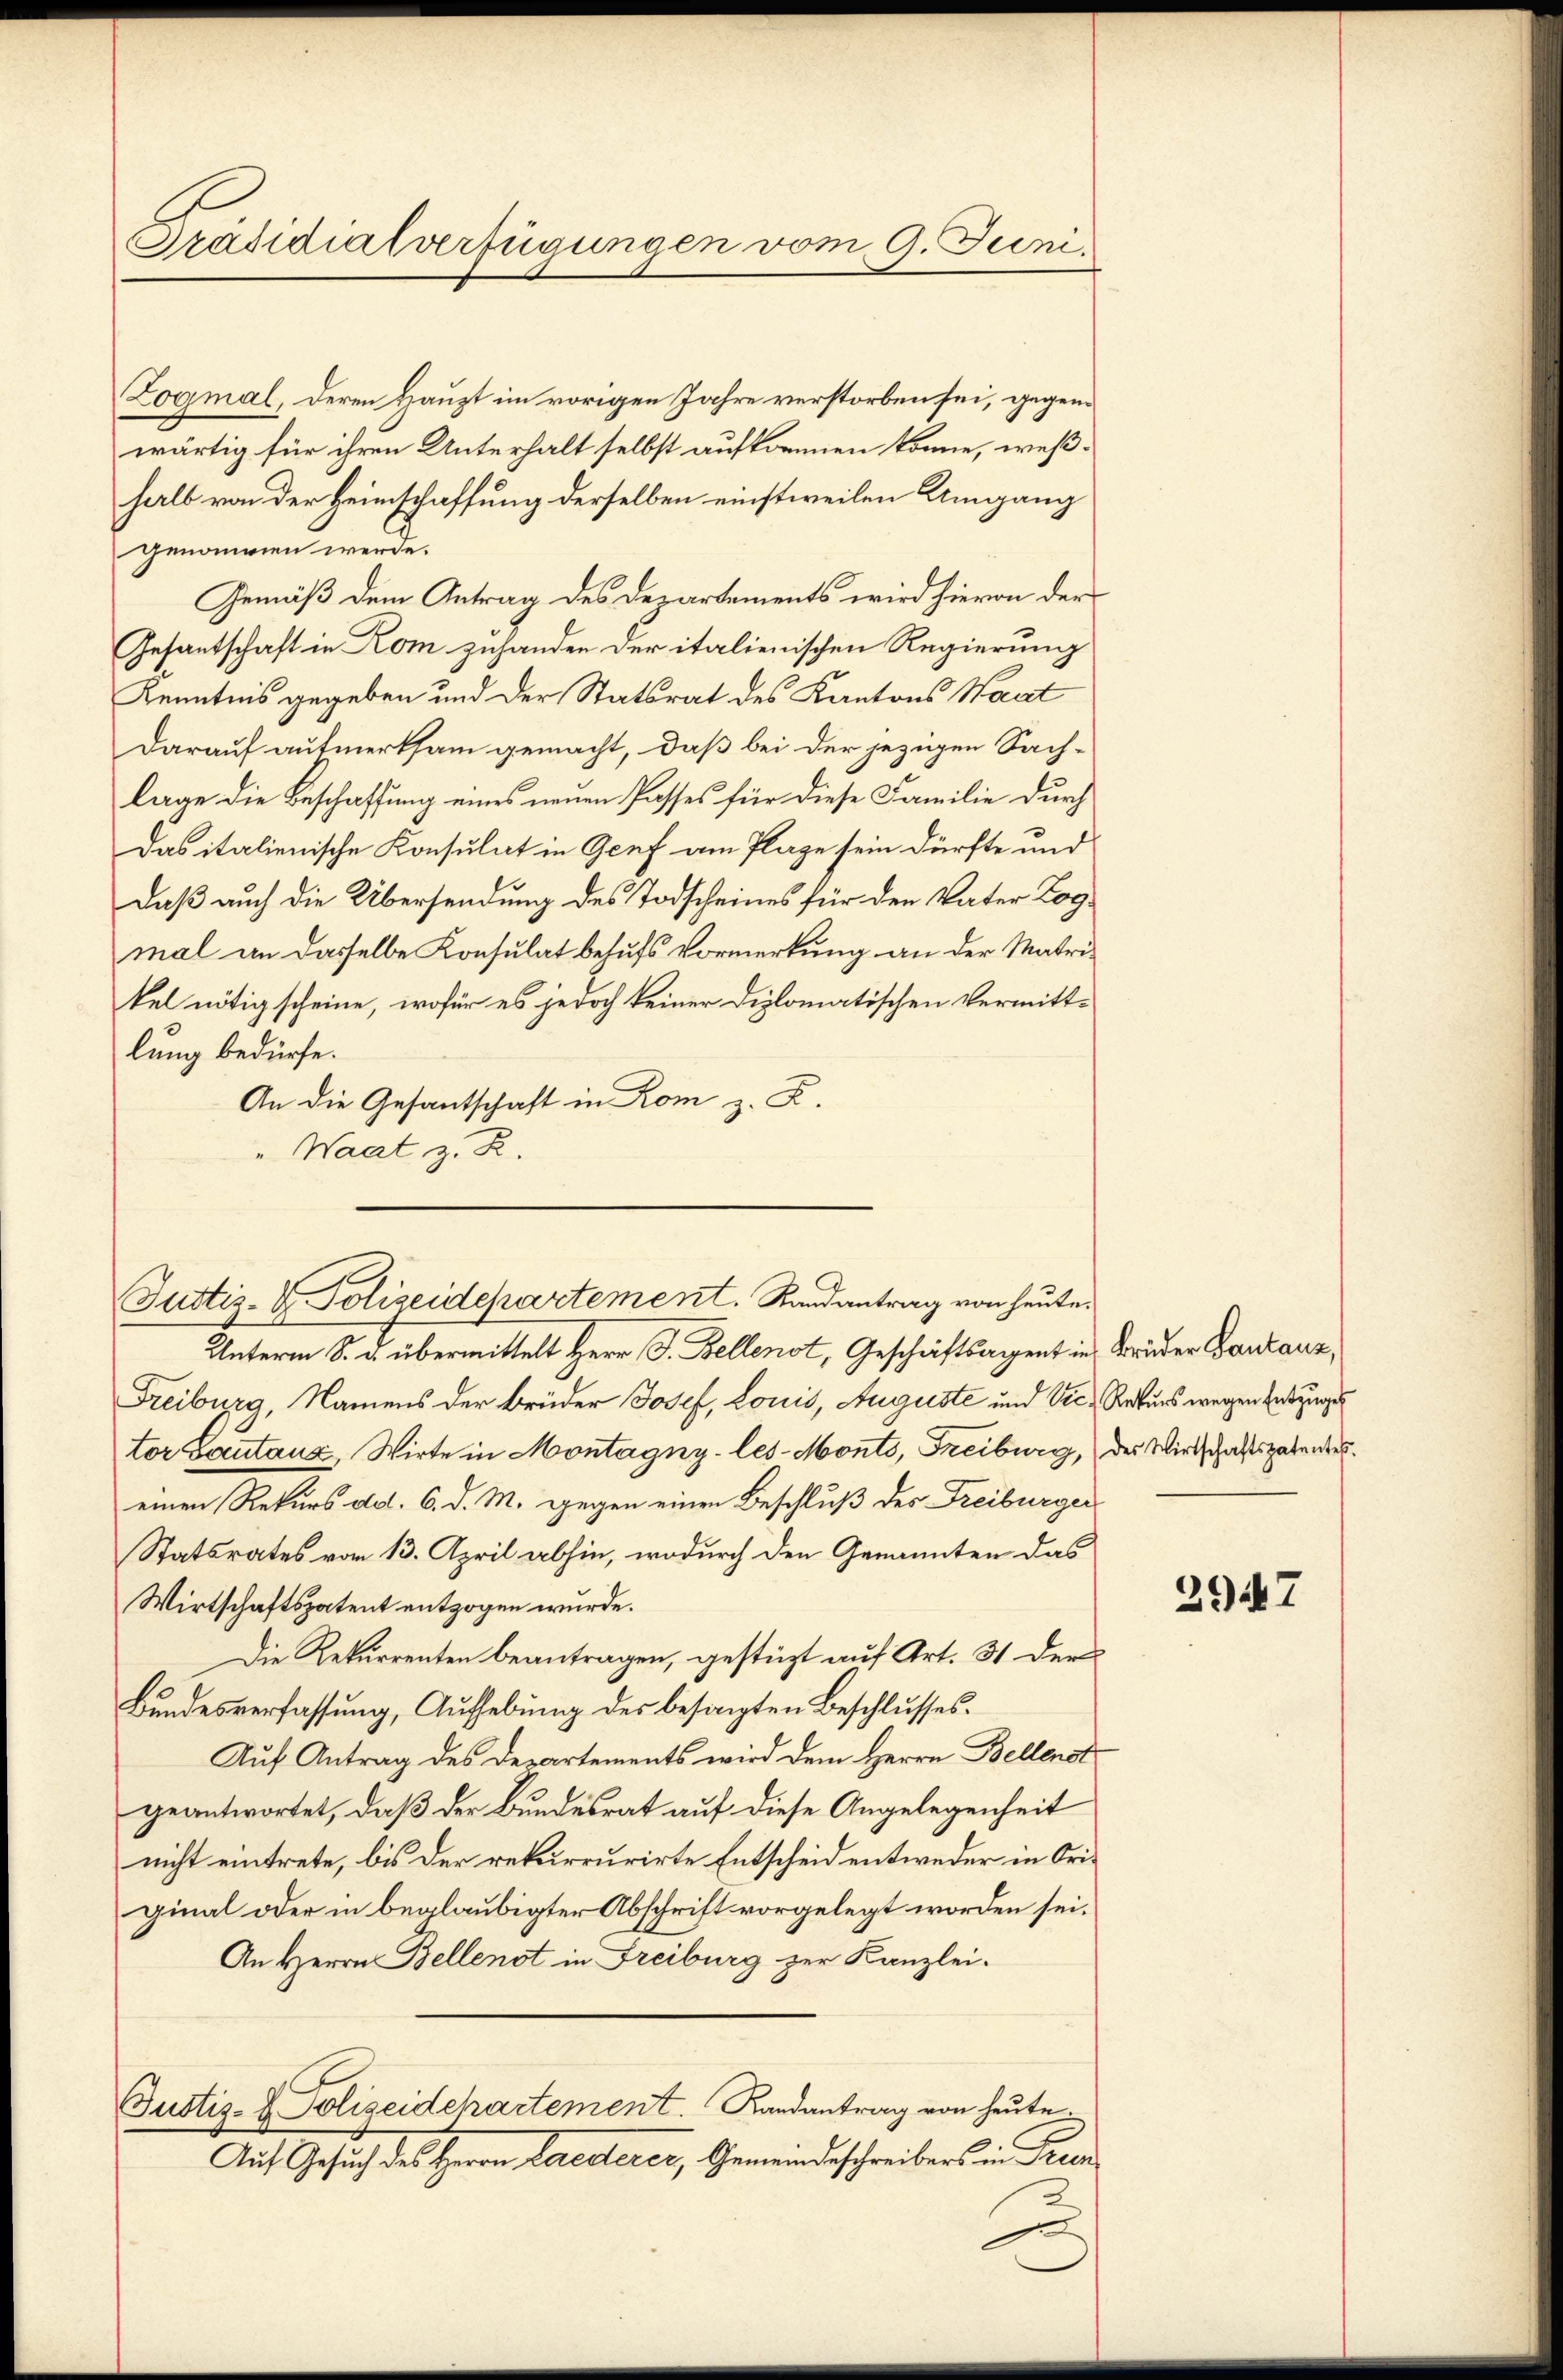
Präsidialverfügungen vom 9. Juni.

Justiz- & Polizeidepartement. Randantrag von heute.

Zogmal, deren Haupt im vorigen Jahre verstorben sei, gegenwärtig für ihren Unterhalt selbst aufkommen könne, weßhalb von der Heimschaffung derselben einstweilen Umgang
genommen werde.
Gemäß dem Antrag des Departements wird hievon der
Gesantschaft in Rom zuhanden der italienischen Regierung
Kenntnis gegeben und der Statsrat des Kantons Waat
Darauf aufmerksam gemacht, daß bei der jezigen Sach-
lage die Beschaffung eines neuen Passes für diese Familie durch
Das italienische Konsulat in Genf am Plage sein dürfte und
daß auch die Übersendung des Todscheines für den Vater Logmal an dasselbe Konsulat behufs Vormerkung an der Matrikel nötig scheine, wofür es jedoch keiner Diplomatischen Vermitt-
lung bedürfe.
An die Gesantschaft in Rom z. B.
"Waat z. R.
Unterm S. u. übermittelt Herr J. Zellenst, Geschäftsagent in Bruder Gantanz,
Freiburg, Namens der Brüder Josef, Louis, Auguste und Vic. Rekurs wegen Entzuges
tor Lautanz, Wirte in Montagny-les-Monts, Freiburg, des Wirtschaftsgabendes
einen Rekurs ad. 6. d. M. gegen einen Beschluß des Freiburger
Statsrates vom 13. April abhin, wodurch den Genannten das
Wirtschaftspatent entzogen wurde.
Die Rekurrenten beantragen, gestützt auf Art. 31 der
Bundesverfassung, Aufhebung des besagten Beschlusses.
Auf Antrag des Departements wird dem Herrn Bellenst
geantwortet, daß der Bundesrat auf diese Angelegenheit
nicht eintrete, bis der rekurrurirte Entscheid entweder in Original oder in beglaubigter Abschrift vorgelegt worden sei.
An Herrn Bellenst in Freiburg zur Kanzlei-
Justiz- & Polizeidchartement. Randantrag von heute.
Auf Gesuch des Herrn Lerederer, Gemeindeschreibers in Frei

2947